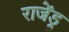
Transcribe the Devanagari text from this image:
राजेंड्र